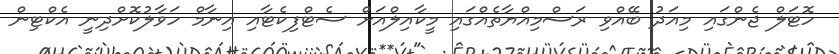
ހޮޓަލް ޖެންގައި މިއަދު ބޭއްވި ރަސްމިއްޔާތެއްގައި މީކާއިލްއަށް ސެޓްފިކެޓާއި އިނާމް ހަވާލުކޮށްދިނީ އެކްޓިން